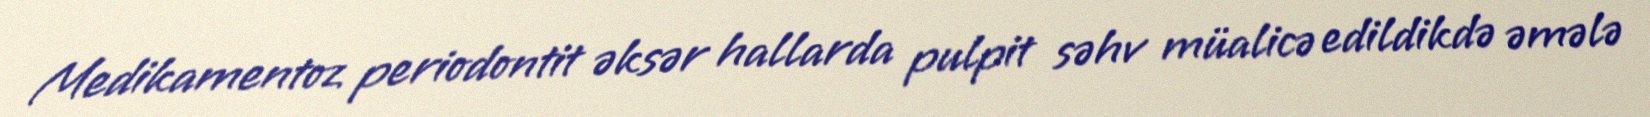
Medikamentoz periodontit əksər hallarda pulpit səhv müalicə edildikdə əmələ